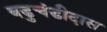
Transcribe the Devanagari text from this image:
बडुचंडीदास